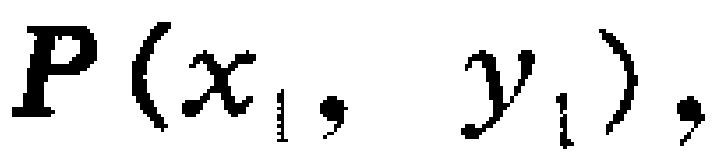
$P(x_1, y_1),$